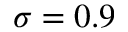
\sigma = 0 . 9